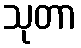
သုတာ